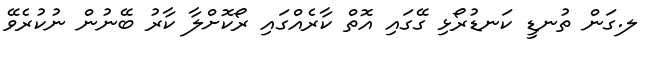
ލ.ގަން ތުނޑީ ކަނޑުރޯޅި ގޭގައި އޮތް ކާރެއްގައި ރޯކޮށްލާ ކާރު ބޭނުން ނުކުރެވޭ